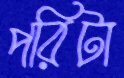
পরিটা